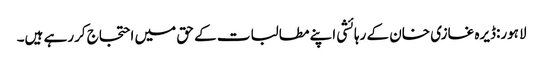
لاہور:ڈیرہ غازی خان کے رہائشی اپنے مطالبات کے حق میں احتجاج کررہے ہیں۔